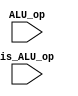
module z_latch_assert(is_ALU_op, ALU_op);
	input is_ALU_op;
	input [4:0] ALU_op;
	
	/*wire reg_in;
	assign reg_in = is_ALU_op && 

	z_dflipflop dffe(.d(is_ALU_op && ALU_op == ), .q(q[i]), .clk(clk), .ena(ena), .clrn(clrn), .prn(prn));
	
   genvar i;
	generate
		for (i=0; i<32; i=i+1) begin: loop1
			z_dflipflop dffe(.d(d[i]), .q(q[i]), .clk(clk), .ena(ena), .clrn(clrn), .prn(prn));
		end
	endgenerate
	
	
	
	
	
	module shiftreg_32(d, clk, clrn, prn, ena, q);
   
   //Inputs
   input d;
	input clk, ena, clrn, prn;

   //Output
   output q;
	
	wire [33:0] shift;
	assign shift[0] = d;
	
	dflipflop dffe(.d(shift[0]), .q(shift[1]), .clk(clk), .ena(ena), .clrn(1'b1), .prn(prn));
	
	genvar i;
	generate
		for (i=1; i<33; i=i+1) begin: loop1
			dflipflop dffe(.d(shift[i]), .q(shift[i+1]), .clk(clk), .ena(ena), .clrn(clrn), .prn(prn));
		end
	endgenerate

	assign q = shift[33];
   
	endmodule*/





   
endmodule